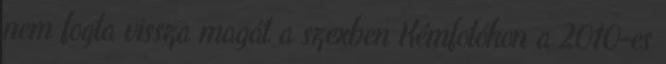
nem fogta vissza magát a szexben Kémfotókon a 2010-es